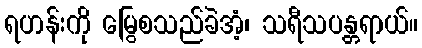
ရဟန်းကို မြွေစသည်ခဲအံ့၊ သရီသပန္တရာယ်။